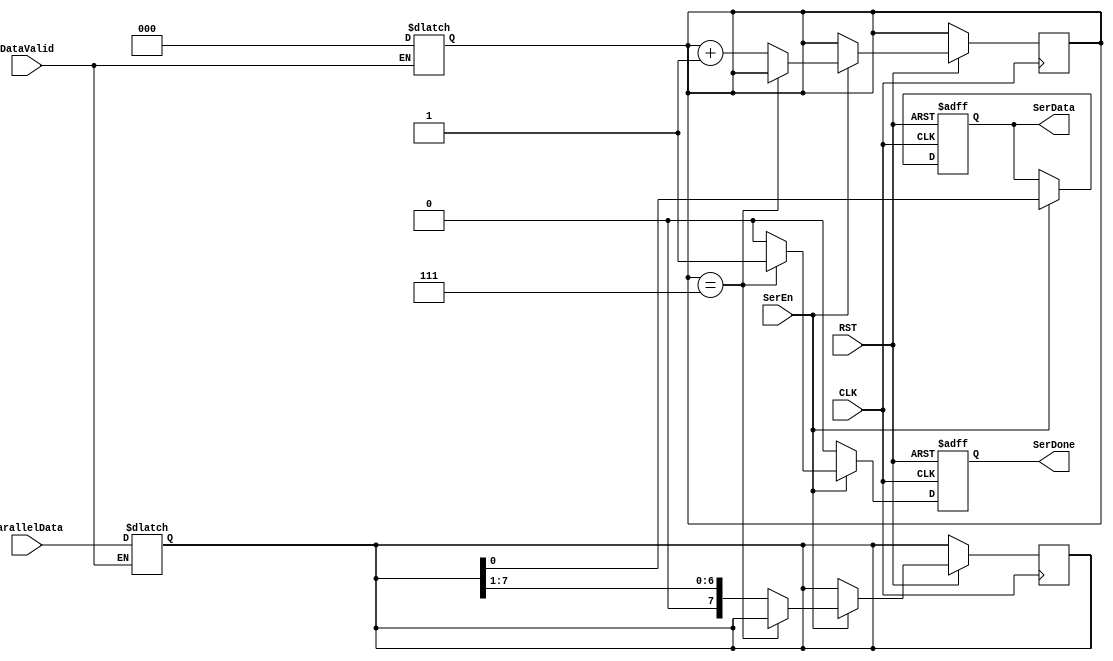
module Serializer #(
    parameter size =8
)
(
    input  wire [size-1:0] ParallelData,
    input  wire            DataValid,
    input  wire            SerEn,
    input  wire            CLK,
    input  wire            RST,
    output reg             SerDone,
    output reg             SerData
);

//Internal Signals
reg [size-1:0] parallel;
reg [2:0]      counter;

//initialization always block
always @(*) begin
    if (DataValid) begin
        parallel = ParallelData;
        counter  = 'b0;
    end
    else begin
        SerData = SerData;
    end    
end

always @(posedge CLK or negedge RST) begin
    //Asynchronous active low reset
    if (!RST) begin
        SerData <= 'b0;
        SerDone <= 'b0;
    end

    //Serializer Logic
    else if (SerEn) begin
        if (counter == 'b111) begin
            SerData = parallel[0];
            SerDone <= 'b1; 
        end
        else begin
            SerData = parallel[0];
            parallel <= parallel>>1; 
            counter  <= counter +1;
            SerDone  <= 'b0;
        end
    end

    else begin
        SerData <= SerData;
        SerDone <= 'b0;
    end
end    

endmodule